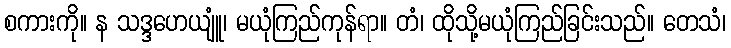
စကားကို။ န သဒ္ဒဟေယျူံ၊ မယုံကြည်ကုန်ရာ။ တံ၊ ထိုသို့မယုံကြည်ခြင်းသည်။ တေသံ၊